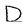
Character: D